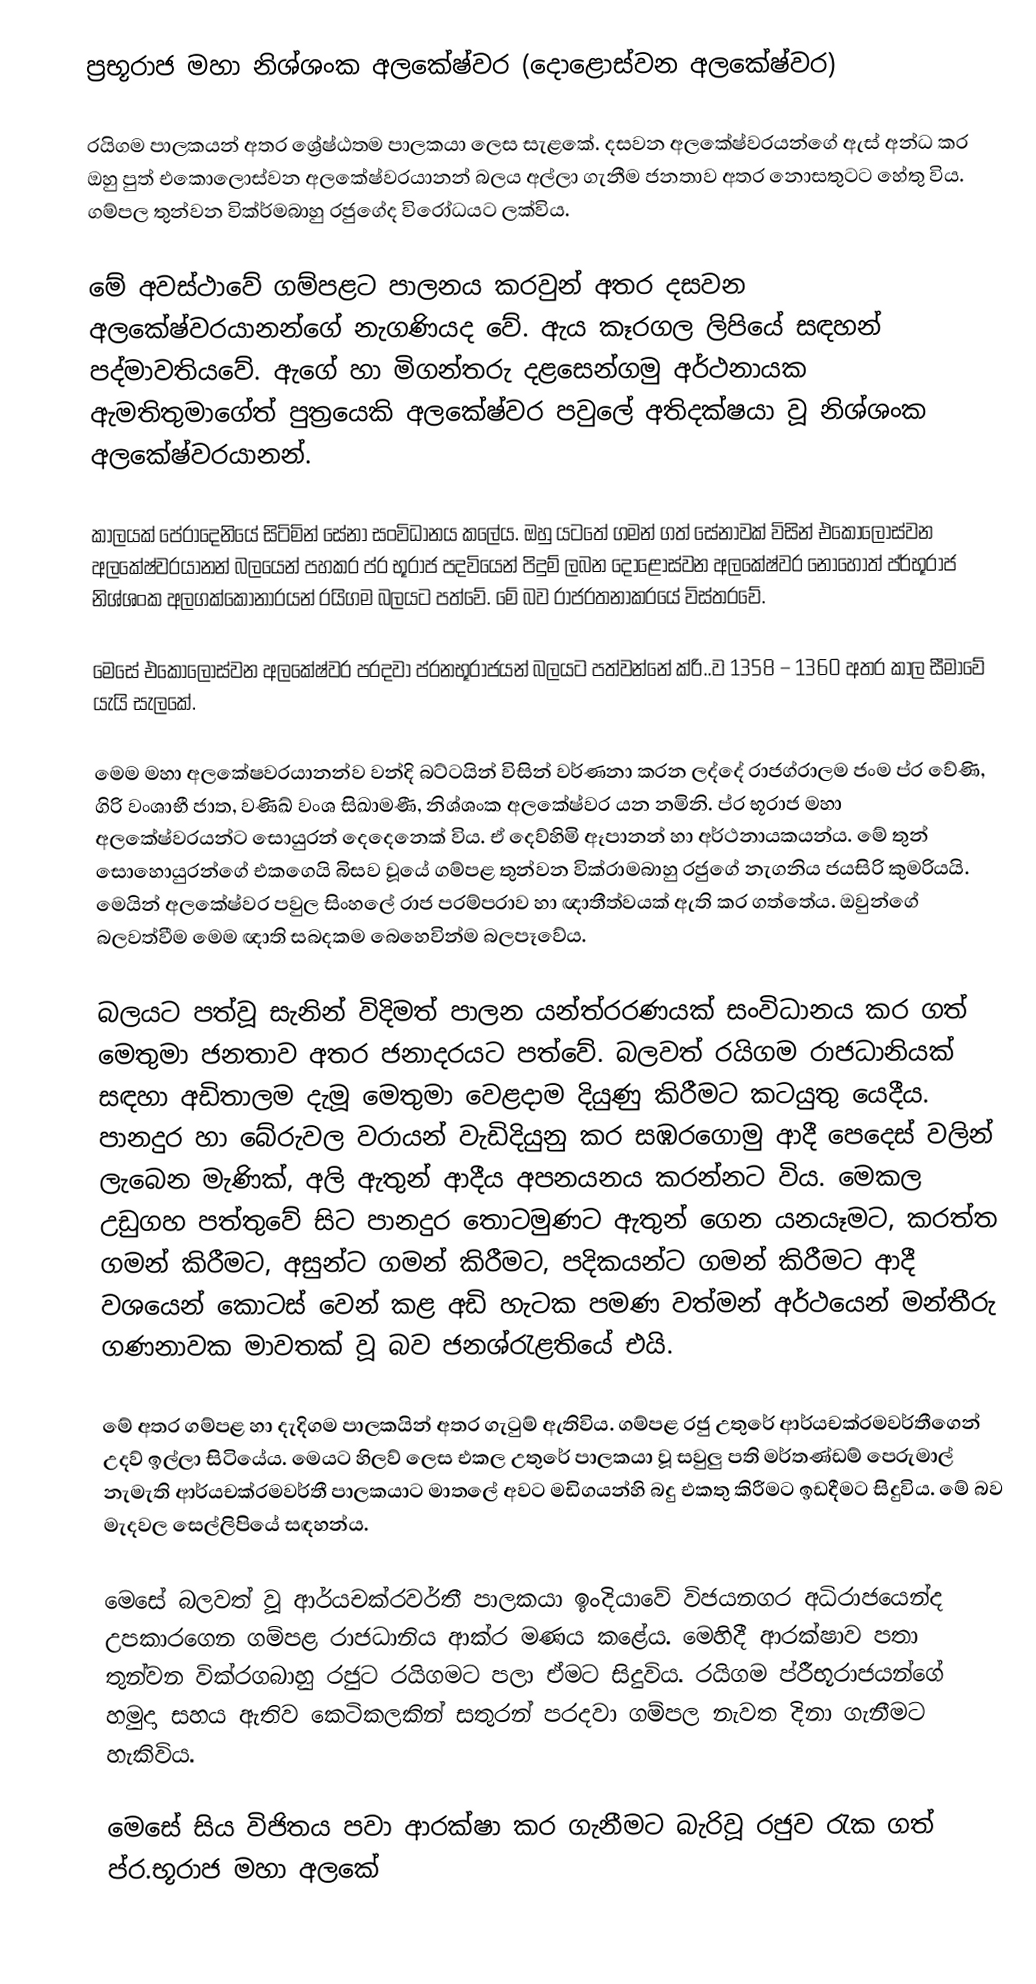
ප්‍රභූරාජ මහා නිශ්ශංක අලකේෂ්වර (දොළොස්වන අලකේෂ්වර)

රයිගම පාලකයන් අතර ශ්‍රේෂ්ඨතම පාලකයා ලෙස සැළකේ. දසවන අලකේෂ්වරයන්ගේ ඇස් අන්ධ කර ඔහු පුත් එකොලොස්වන අලකේෂ්වරයානන් බලය අල්ලා ගැනීම ජනතාව අතර නොසතුටට හේතු විය. ගම්පල තුන්වන වික්ර්මබාහු රජුගේද විරෝධයට ලක්විය.

මේ අවස්ථාවේ ගම්පළට පාලනය කරවුන් අතර දසවන අලකේෂ්වරයානන්ගේ නැගණියද වේ. ඇය කෑරගල ලිපියේ සඳහන් පද්මාවතියවේ. ඇගේ හා මිගන්තරු දළසෙන්ගමු අර්ථනායක ඇමතිතුමාගේත් පුත්‍රයෙකි අලකේෂ්වර පවුලේ අතිදක්ෂයා වූ නිශ්ශංක අලකේෂ්වරයානන්.

කාලයක් පේරාදෙනියේ සිටිමින් සේනා සංවිධානය කලේය. ඔහු යටතේ ගමන් ගත් සේනාවක් විසින් එකොලොස්වන අලකේෂ්වරයානන් බලයෙන් පහකර ප්ර භූරාජ පදවියෙන් පිදුම් ලබන දොළොස්වන අලකේෂ්වර නොහොත් ප්ර්භූරාජ නිශ්ශංක අලගක්කෝනාරයන් රයිගම බලයට පත්වේ. මේ බව රාජරතනාකරයේ විස්තරවේ.

මෙසේ එකොලොස්වන අලකේෂ්වර පරදවා  ප්රනභූරාජයන් බලයට පත්වන්නේ ක්රි..ව 1358 – 1360 අතර කාල සීමාවේ යැයි සැලකේ.

මෙම මහා අලකේෂවරයානන්ව වන්දි බට්ටයින් විසින් වර්ණනා කරන ලද්දේ රාජග්රාලම ජංම ප්ර වේණි, ගිරි වංශාභී ජාත, වණිඛ් වංශ සිඛාමණී, නිශ්ශංක අලකේෂ්වර යන නමිනි.  ප්ර භූරාජ මහා අලකේෂ්වරයන්ට සොයුරන් දෙදෙනෙක් විය. ඒ දෙව්හිමි ඈපානන් හා අර්ථනායකයන්ය. මේ තුන් සොහොයුරන්ගේ එකගෙයි බිසව වූයේ ගම්පළ තුන්වන වික්රාමබාහු රජුගේ නැගනිය ජයසිරි කුමරියයි. මෙයින් අලකේෂ්වර පවුල සිංහලේ රාජ පරම්පරාව හා ඥාතීත්වයක් ඇති කර ගත්තේය. ඔවුන්ගේ බලවත්වීම මෙම ඥාති සබදකම බෙහෙවින්ම බලපෑවේය.

බලයට පත්වූ සැනින් විදිමත් පාලන යන්ත්රරණයක් සංවිධානය කර ගත් මෙතුමා ජනතාව අතර ජනාදරයට පත්වේ. බලවත් රයිගම රාජධානියක් සඳහා අඩිතාලම දැමූ මෙතුමා වෙළදාම දියුණු කිරීමට කටයුතු යෙදීය. පානදුර හා බේරුවල වරායන් වැඩිදියුනු කර සඹරගොමු ආදී පෙදෙස් වලින් ලැබෙන මැණික්, අලි ඇතුන් ආදීය අපනයනය කරන්නට විය. මෙකල උඩුගහ පත්තුවේ සිට පානදුර තොටමුණට ඇතුන් ගෙන යනයෑමට, කරත්ත ගමන් කිරීමට, අසුන්ට ගමන් කිරීමට, පදිකයන්ට ගමන් කිරීමට ආදී වශයෙන් කොටස් වෙන් කළ අඩි හැටක පමණ වත්මන් අර්ථයෙන් මන්තීරු ගණනාවක මාවතක් වූ බව ජනශ්රැළතියේ එයි.

මේ අතර ගම්පළ හා දැදිගම පාලකයින් අතර ගැටුම් ඇතිවිය. ගම්පළ රජු උතුරේ ආර්යචක්රමවර්තීගෙන් උදව් ඉල්ලා සිටියේය. මෙයට හිලව් ලෙස එකල උතුරේ පාලකයා වූ සවුලු පති මර්තණ්ඩම් පෙරුමාල් නැමැති ආර්යචක්රමවර්තී පාලකයාට මාතලේ අවට මඩිගයන්හි බදු එකතු කිරීමට ඉඩදීමට සිදුවිය. මේ බව මැදවල සෙල්ලිපියේ සඳහන්ය.

මෙසේ බලවත් වූ ආර්යචක්රවර්තී පාලකයා ඉංදියාවේ විජයනගර අධිරාජයෙන්ද උපකාරගෙන ගම්පළ රාජධානිය ආක්ර මණය කළේය. මෙහිදී ආරක්ෂාව පතා තුන්වන වික්රගබාහු රජුට රයිගමට පලා ඒමට සිදුවිය. රයිගම ප්රීභූරාජයන්ගේ හමුදා සහය ඇතිව කෙටිකලකින් සතුරන් පරදවා ගම්පල නැවත දිනා ගැනීමට හැකිවිය.

මෙසේ සිය විජිතය පවා ආරක්ෂා කර ගැනීමට බැරිවූ රජුව රැක ගත් ප්ර.භූරාජ මහා අලකේ